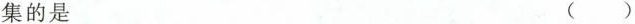
集的是 ()